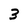
Character: 3